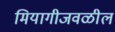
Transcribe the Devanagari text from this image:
मियागीजवळील